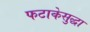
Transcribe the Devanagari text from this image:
फटाकेसुद्धा